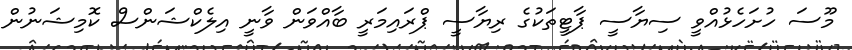
މޫސަ ހުށަހެޅުއްވީ ސިޔާސީ ޕާޓީތަކުގެ ރިޔާސީ ޕްރައިމަރީ ބާއްވަން ވާނީ އިލެކްޝަންސް ކޮމިޝަނުން